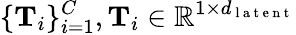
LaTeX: \{ \mathbf{T}_{i}\} _{i=1}^{C},\mathbf{T}_{i}\in\mathbb{R}^{1\times d_{\mathrm{~l~a~t~e~n~t~}}}